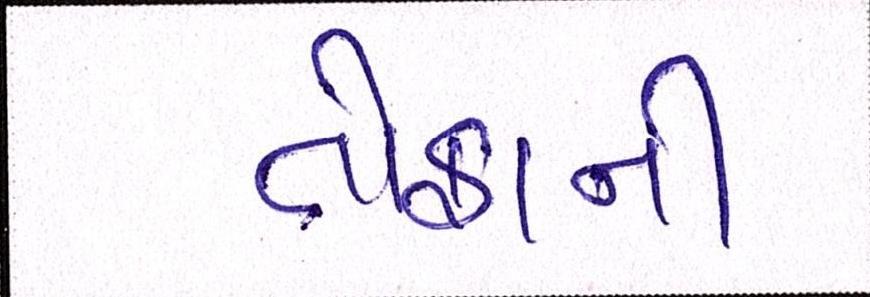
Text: તોફાની